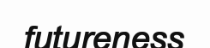
futureness